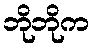
ဘိုဘိုက